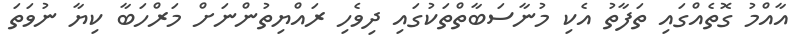
އާއްމު ގޮތެއްގައި ތަފާތު އެކި މުނާސަބާތްތަކުގައި ދިވެހި ރައްޔިތުންނަށް މަރްހަބާ ކިޔާ ނުވަތަ